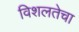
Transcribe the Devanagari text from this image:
विशलतेचा